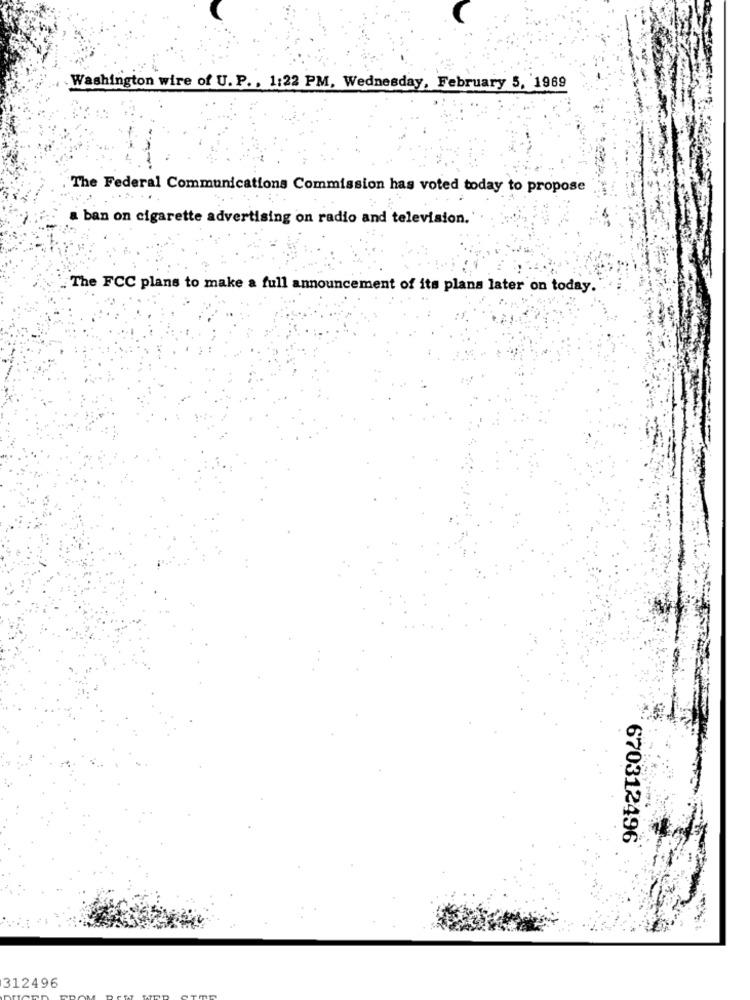
Washington wire of U. P ., 1:22 PM, Wednesday, February 5, 1969
The Federal Communications Commission has voted today to propose
...
ban on cigarette advertising on radio and television.
The FCC plans to make a full announcement of its plans later on today.
670312496
312496